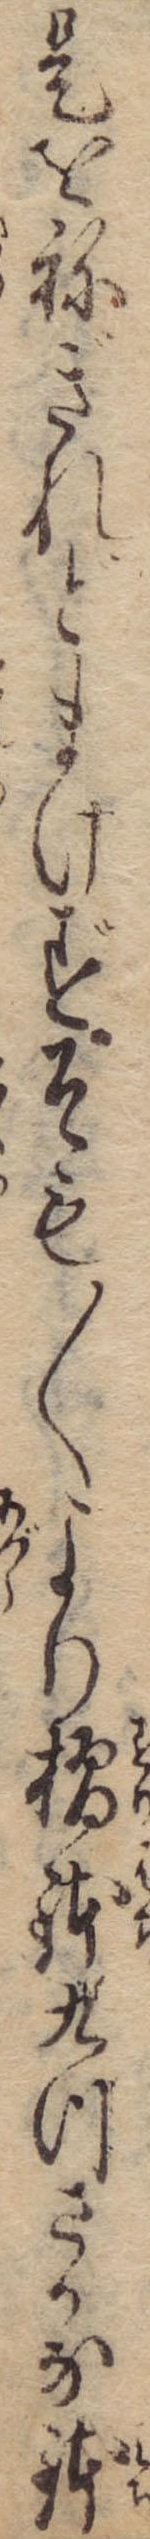
是をねぎれどまけずそも〱より摺鉢九つさかな鉢